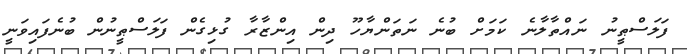
ފަލަސްޠީނު ނައްތާލާނެ ކަމަށް ބުނެ ނަތަންޔާހޫ ދިން އިންޒާރާ ގުޅިގެން ފަލަސްޠީނުން ބުނެފައިވަނީ